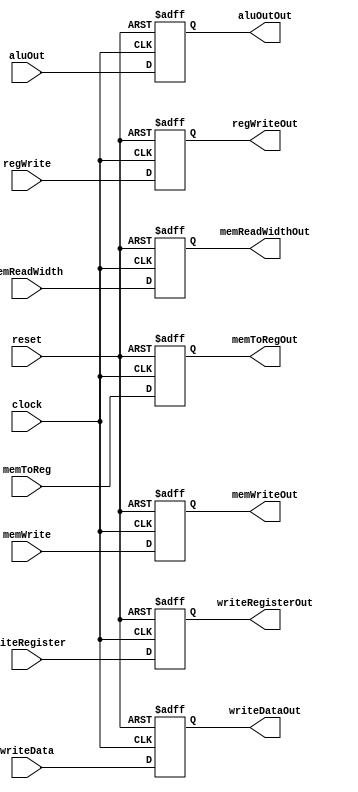
module EX_MEM(
		input clock,
		input reset,
		input[4:0] writeRegister,
		input[31:0] writeData,
		input[31:0] aluOut,
		input regWrite,
		input memToReg,
		input [3:0]memWrite,
		input [1:0] memReadWidth,
		
		output reg[4:0] writeRegisterOut,
		output reg[31:0] writeDataOut,
		output reg[31:0] aluOutOut,
		output reg regWriteOut,
		output reg memToRegOut,
		output reg [3:0]memWriteOut,
		output reg [1:0] memReadWidthOut
		
    );
	 
	 always @(negedge clock,posedge reset)begin
		if(reset)begin
			writeRegisterOut<=0;
			writeDataOut<=0;
			aluOutOut<=0;
			regWriteOut<=0;
			memToRegOut<=0;
			memWriteOut<=0;
			memReadWidthOut<=0;
		end
		else begin
			writeRegisterOut<=writeRegister;
			writeDataOut<=writeData;
			aluOutOut<=aluOut;
			regWriteOut<=regWrite;
			memToRegOut<=memToReg;
			memWriteOut<=memWrite;
			memReadWidthOut<=memReadWidth;

		end
		
	 end


endmodule